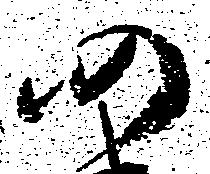
仍